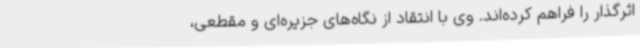
اثرگذار را فراهم کرده‌اند. وی با انتقاد از نگاه‌های جزیره‌ای و مقطعی،